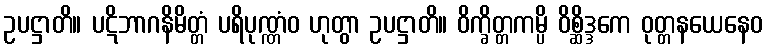
ဥပဋ္ဌာတိ။ ပဋိဘာဂနိမိတ္တံ ပရိပုဏ္ဏံဝ ဟုတွာ ဥပဋ္ဌာတိ။ ဝိက္ခိတ္တကမ္ပိ ဝိစ္ဆိဒ္ဒကေ ဝုတ္တနယေနေဝ